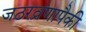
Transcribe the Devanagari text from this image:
जठरव्रणापैकी